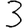
Digit: 3